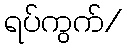
ရပ်ကွက်/